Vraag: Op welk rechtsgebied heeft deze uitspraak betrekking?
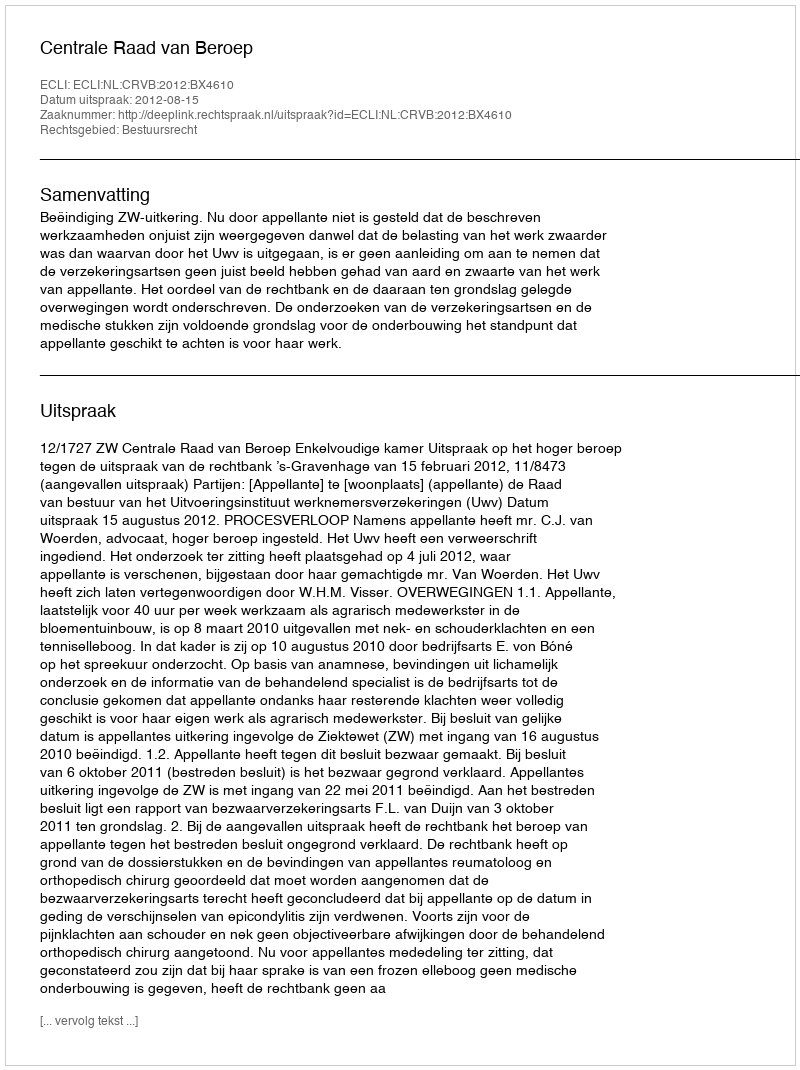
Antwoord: Bestuursrecht